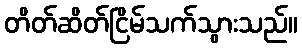
တိတ်ဆိတ်ငြိမ်သက်သွားသည်။